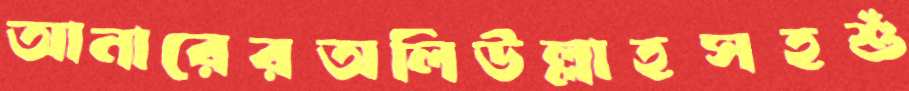
আনারেরঅলিউল্লাহসহশুঁ